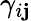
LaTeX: \gamma_{i\mathbf{j}}